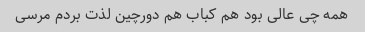
همه چی عالی بود هم کباب هم دورچین لذت بردم مرسی